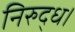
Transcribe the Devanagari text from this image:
निरुद्ध।